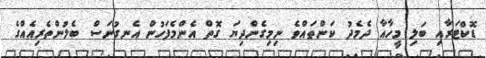
ޑޮކްޓަރާއި ބަލި މީހާއާ ދެމެދު ކަންތައްވެ ނިމިގެންދިޔަ ގޮތް އެންމެފަހުން އެނގުނަސް ބެލުންތެރިއެއްގެ